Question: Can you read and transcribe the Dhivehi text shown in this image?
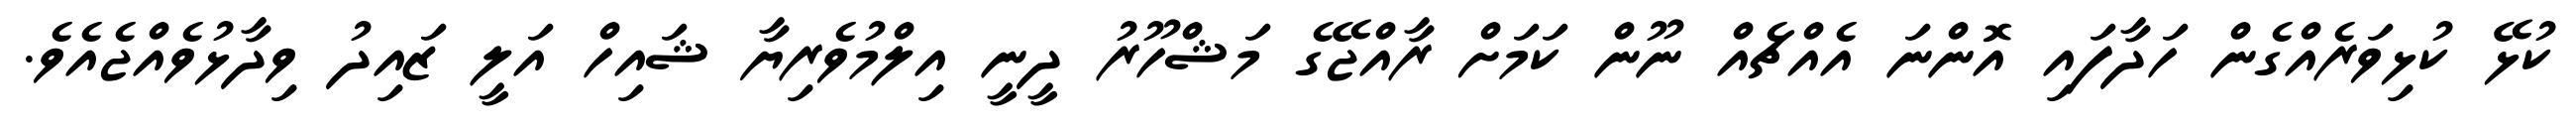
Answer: ކުޅޭ ކުޅިވަރެއްގެން ހަދާފައި އޮންނަ އެއްޗެއް ނޫން ކަމަށް ރާއްޖޭގެ މަޝްހޫރު ދީނީ އިލްމުވެރިޔާ ޝައިހް އަލީ ޒައިދު ވިދާޅުވެއްޖެއެވެ.